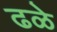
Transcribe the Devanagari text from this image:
ढळे